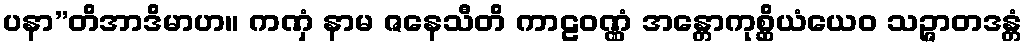
ပနာ”တိအာဒိမာဟ။ ကဏှံ နာမ ဇနေသီတိ ကာဠဝဏ္ဏံ အန္တောကုစ္ဆိယံယေဝ သဉ္ဇာတဒန္တံ